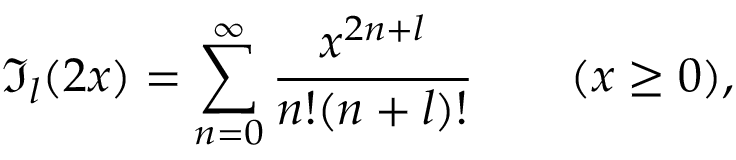
\mathfrak { I } _ { l } ( 2 x ) = \displaystyle \sum _ { n = 0 } ^ { \infty } \frac { x ^ { 2 n + l } } { n ! ( n + l ) ! } \qquad ( x \geq 0 ) ,